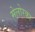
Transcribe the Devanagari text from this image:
मेलोरका